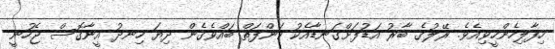
ހިފާލިހެންހީވިއެވެ. ރޭލުގެ ބާރު އަޑުފަށްގަނޑާއެކު ކަންފަތް ބައްވެގެން ދިޔަ ހިނދު އީނާގޮސް ޖެހުނީ